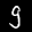
Label: 9